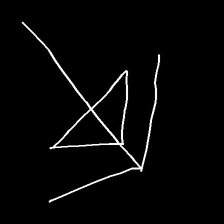
Glyph: pull